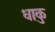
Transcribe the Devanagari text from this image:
धाकु